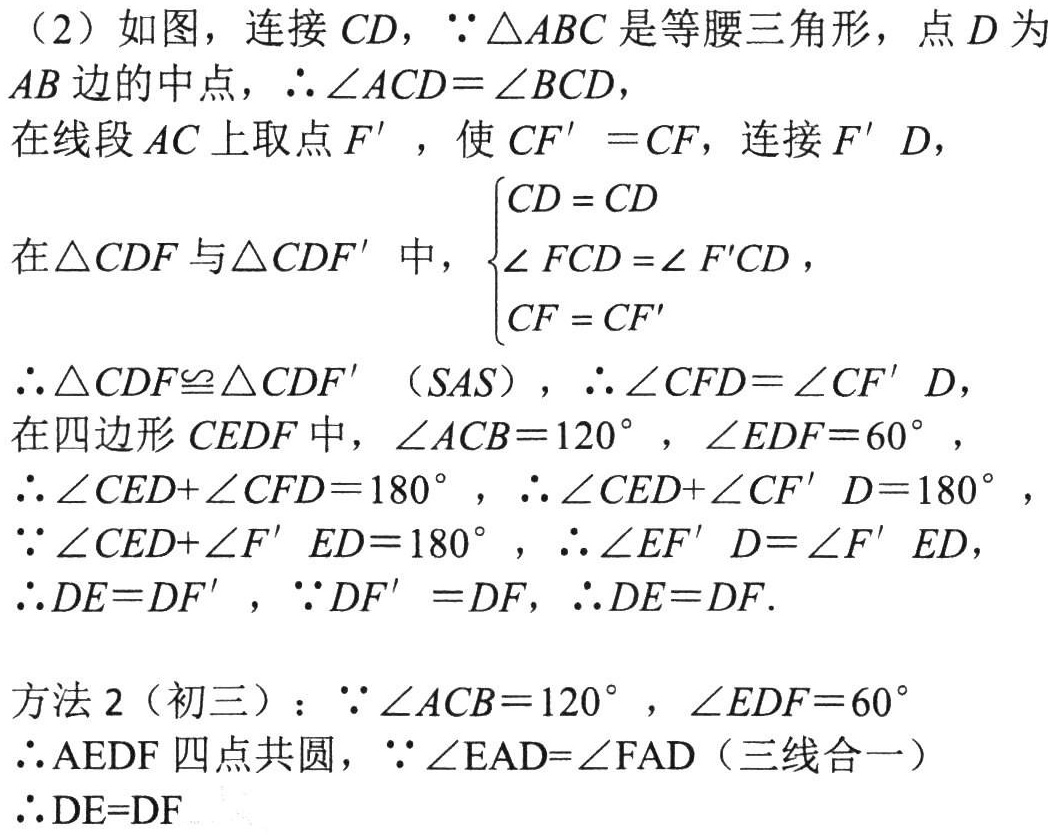
(2) 如图，连接 \(CD\)，\(\because\triangle ABC\) 是等腰三角形，点 \(D\) 为 \(AB\) 边的中点，\(\therefore\angle ACD = \angle BCD\)，
在线段 \(AC\) 上取点 \(F'\) ，使 \(CF' = CF\)，连接 \(F'D\)，
在 \(\triangle CDF\) 与 \(\triangle CDF'\) 中，\(\begin{cases}CD = CD\\\angle FCD=\angle F'CD\\CF = CF'\end{cases}\)，
\(\therefore\triangle CDF\cong\triangle CDF'\)（\(SAS\)），\(\therefore\angle CFD=\angle CF'D\)，
在四边形 \(CEDF\) 中，\(\angle ACB = 120^{\circ}\)，\(\angle EDF = 60^{\circ}\)，
\(\therefore\angle CED+\angle CFD = 180^{\circ}\)，\(\therefore\angle CED+\angle CF'D = 180^{\circ}\)，
\(\because\angle CED+\angle F'ED = 180^{\circ}\)，\(\therefore\angle EF'D=\angle F'ED\)，
\(\therefore DE = DF'\)，\(\because DF' = DF\)，\(\therefore DE = DF\)．
方法 2（初三）：\(\because\angle ACB = 120^{\circ}\)，\(\angle EDF = 60^{\circ}\)
\(\therefore AEDF\) 四点共圆，\(\because\angle EAD=\angle FAD\)（三线合一）
\(\therefore DE = DF\)